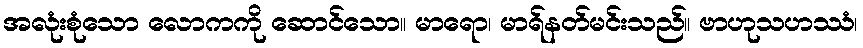
အလုံးစုံသော လောကကို ဆောင်သော။ မာရော၊ မာရ်နတ်မင်းသည်။ ဗာဟုသဟဿံ၊